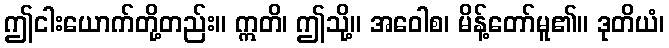
ဤငါးယောက်တို့တည်း။ ဣတိ၊ ဤသို့။ အဝေါစ၊ မိန့်တော်မူ၏။ ဒုတိယံ၊